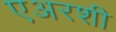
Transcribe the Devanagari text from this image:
एअरशी